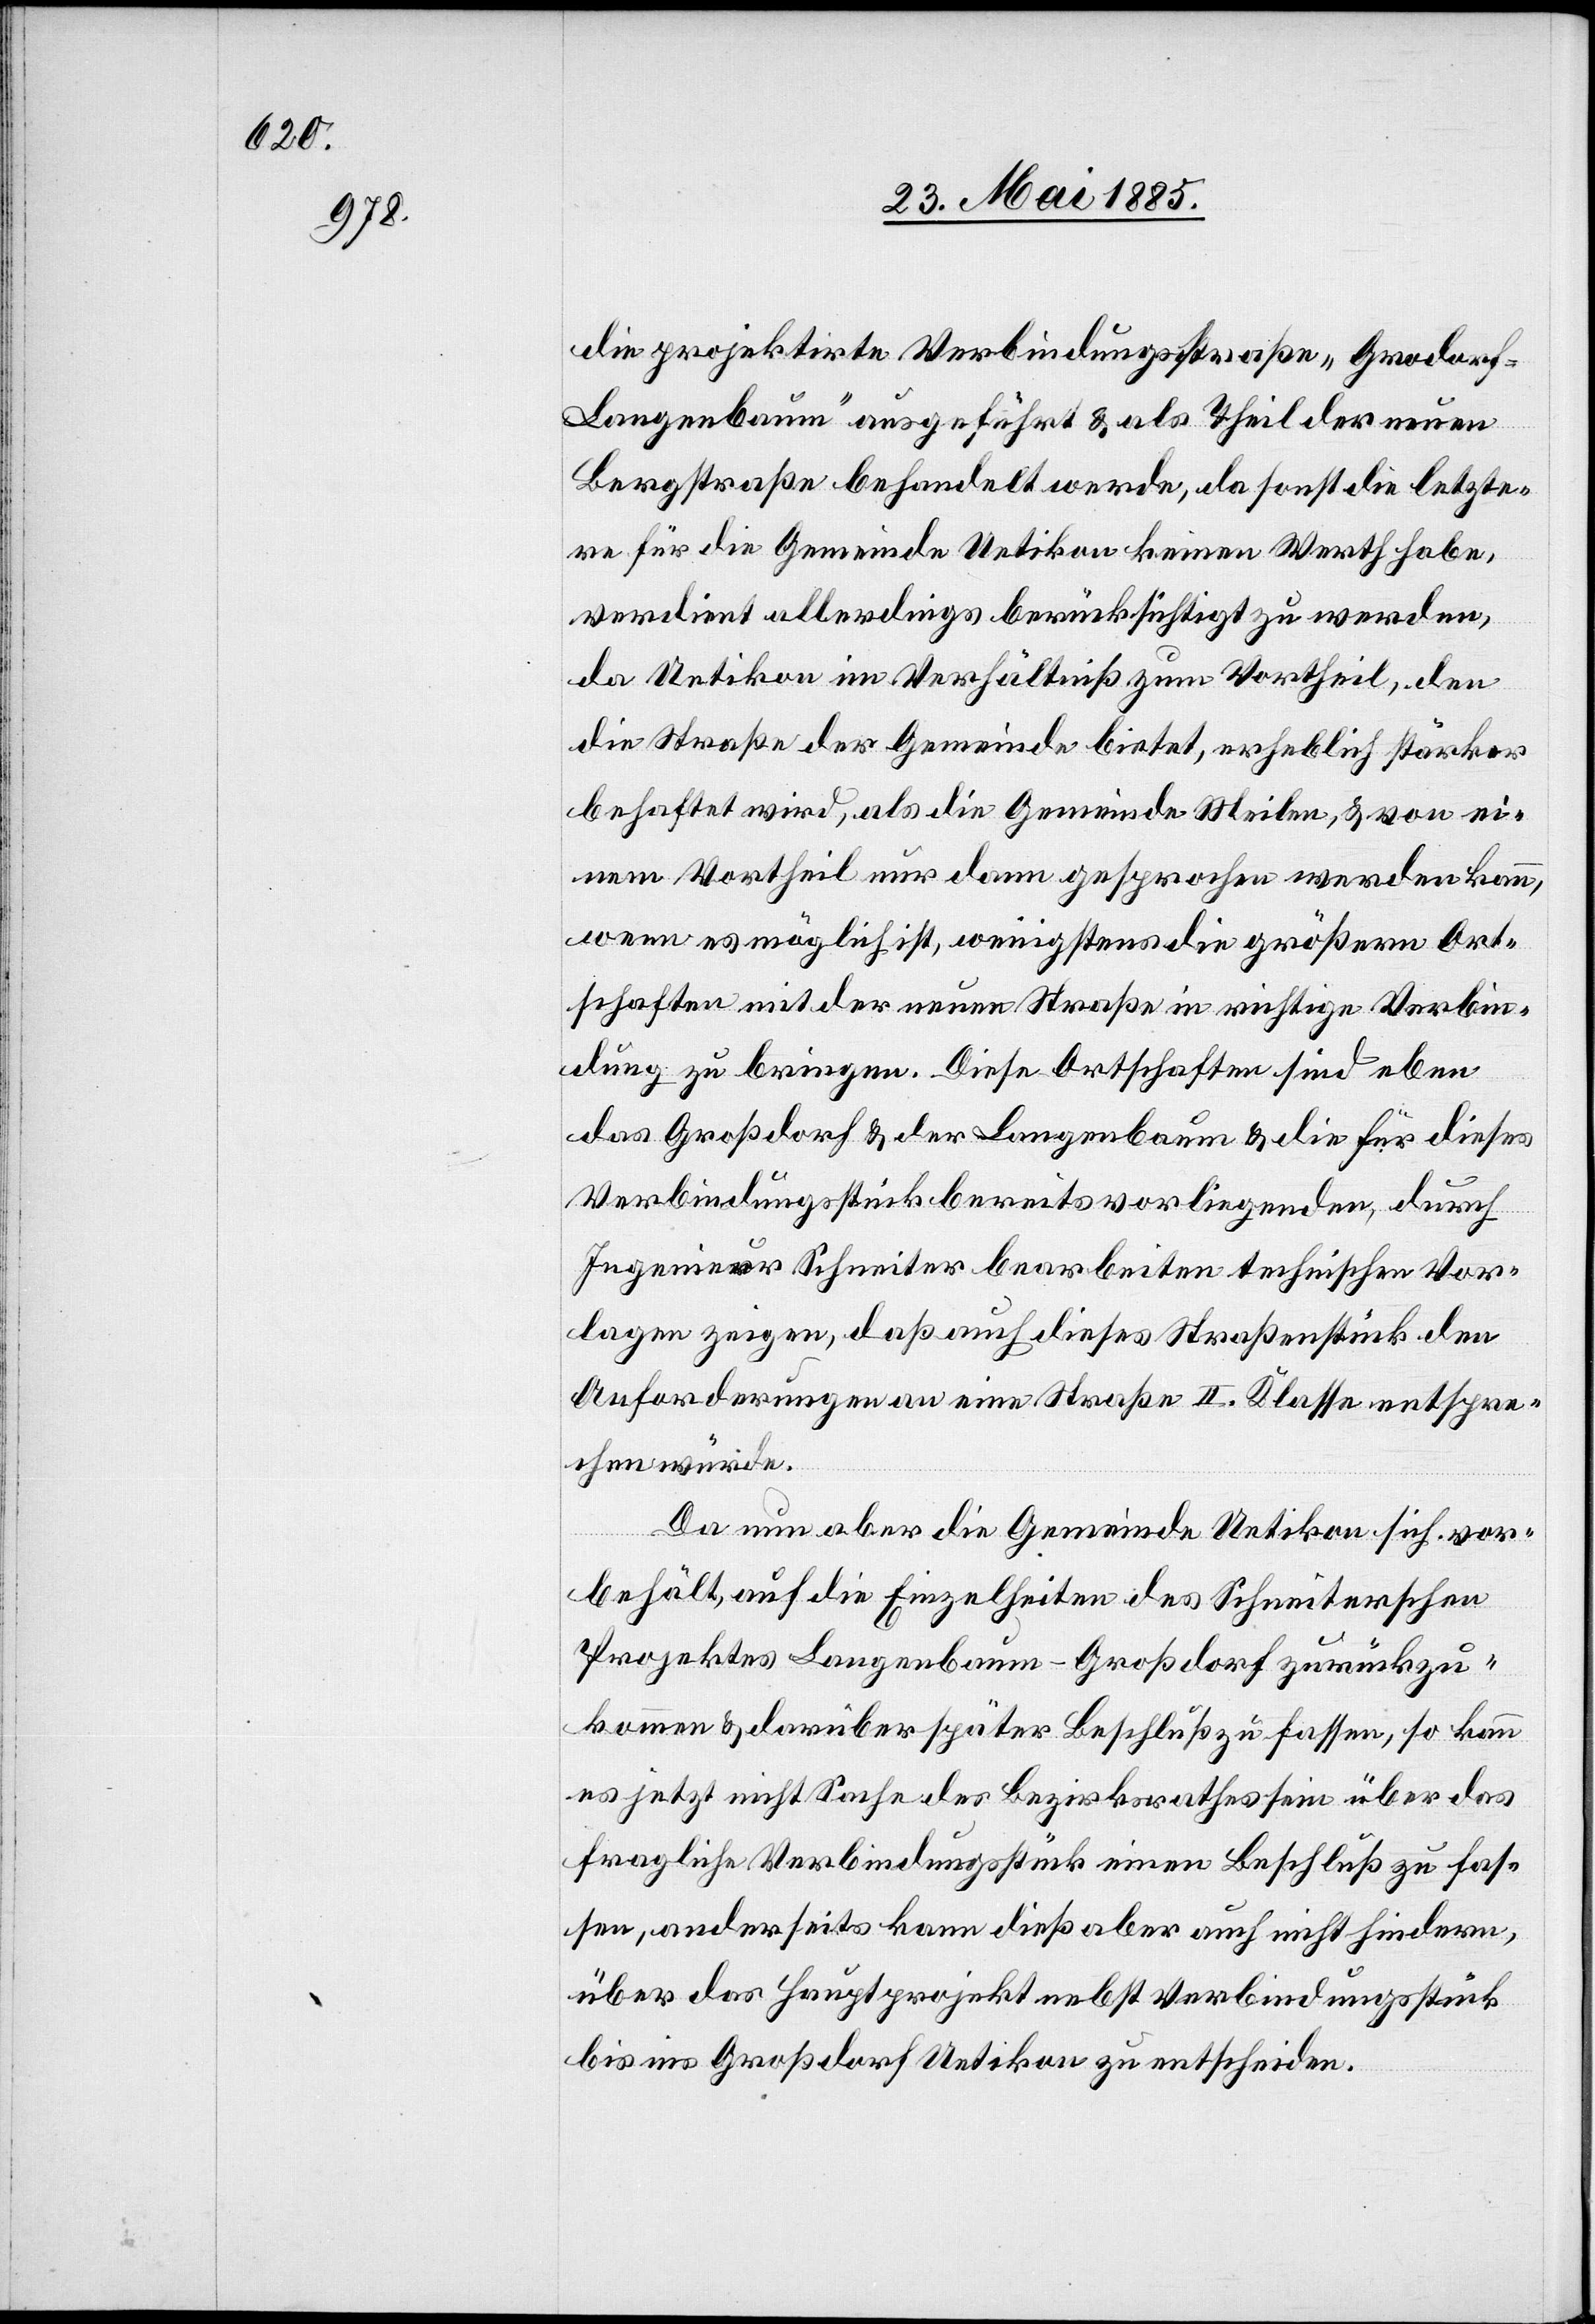
die projektirte Verbindungsstraße „Gro[ß]dor¬
f–Langenbaum“ ausgeführt & als Theil der neuen
Bergstraße behandelt werde, da sonst die letzte¬
re für die Gemeinde Uetikon keinen Werth habe,
verdient allerdings berücksichtigt zu werden,
da Uetikon im Verhältniß zum Vortheil, den
die Straße der Gemeinde bietet, erheblich stärker
behaftet wird, als die Gemeinde Meilen, & von ei¬
nem Vortheil nur dann gesprochen werden kann,
wenn es möglich ist, wenigstens die größern Ort¬
schaften mit der neuen Straße in richtige Verbin¬
dung zu bringen. Diese Ortschaften sind eben
das Großdorf & der Langenbaum & die für dieses
Verbindungsstück bereits vorliegenden, durch
Ingenieur Schneiter bearbeite[te]n technischen Vorar¬
beiten zeigen, daß auch dieses Straßenstück den
Anforderungen an eine Straße II. Klasse entspre¬
chen würde.
Da nun aber die Gemeinde Uetikon sich vor¬
behält, auf die Einzelheiten des Schneiterschen
Projektes Langenbaum–Großdorf zurückzu¬
kommen & darüber später Beschluß zu fassen, so kann
es jetzt nicht Sache des Bezirksrathes sein über das
fragliche Verbindungsstück einen Beschluß zu fas¬
sen anderseits kann dieß aber auch nicht hindern,
über das Hauptprojekt nebst Verbindungsstück
bis ins Großdorf Uetikon zu entscheiden.